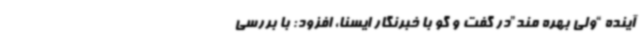
آینده “ولی بهره مند”در گفت و گو با خبرنگار ایسنا، افزود: با بررسی